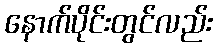
နောက်ပိုင်းတွင်လည်း